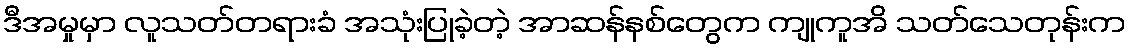
ဒီအမှုမှာ လူသတ်တရားခံ အသုံးပြုခဲ့တဲ့ အာဆန်နစ်တွေက ကျုကူအိ သတ်သေတုန်းက